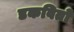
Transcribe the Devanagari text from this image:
डकवितो